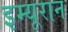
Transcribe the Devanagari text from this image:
इम्यूरान